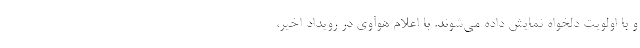
و با اولویت دلخواه نمایش داده می‌شوند. با اعلام هوآوی در رویداد اخیر،